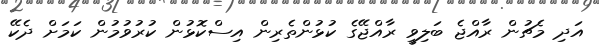
އަދި މެޗުން ރާއްޖެ ބަލިވީ ރާއްޖޭގެ ކުޅުންތެރިން އިސްކޮޅުން ކުރުވުމުން ކަމަށް ދެކޭ